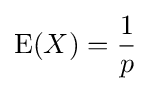
\operatorname {E} (X)={\frac {1}{p}}